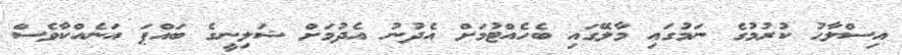
އިސްލާޙު ކުރުމުގެ ނަމުގައި މާލޭގައި ބެހެއްޓުމަށް އެދުނު އެދުމަށް ޝަލިނީގެ ބައްޕަ އަނެއްކާވެސް